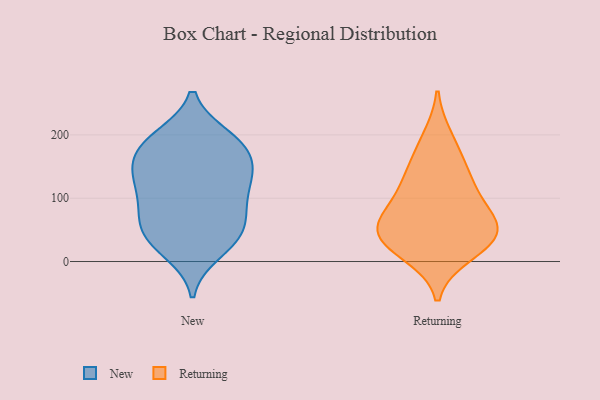
{"axis": {"x": "Operating Costs (USD K)", "y": "Value"}, "legend": ["New", "Returning"], "data": [{"x": "", "y": 182, "type": "New"}, {"x": "", "y": 47, "type": "New"}, {"x": "", "y": 107, "type": "New"}, {"x": "", "y": 192, "type": "New"}, {"x": "", "y": 197, "type": "New"}, {"x": "", "y": 24, "type": "New"}, {"x": "", "y": 171, "type": "New"}, {"x": "", "y": 97, "type": "New"}, {"x": "", "y": 154, "type": "New"}, {"x": "", "y": 148, "type": "New"}, {"x": "", "y": 96, "type": "New"}, {"x": "", "y": 130, "type": "New"}, {"x": "", "y": 67, "type": "New"}, {"x": "", "y": 63, "type": "New"}, {"x": "", "y": 53, "type": "New"}, {"x": "", "y": 145, "type": "New"}, {"x": "", "y": 14, "type": "New"}, {"x": "", "y": 197, "type": "New"}, {"x": "", "y": 35, "type": "New"}, {"x": "", "y": 131, "type": "New"}, {"x": "", "y": 29, "type": "Returning"}, {"x": "", "y": 52, "type": "Returning"}, {"x": "", "y": 130, "type": "Returning"}, {"x": "", "y": 92, "type": "Returning"}, {"x": "", "y": 195, "type": "Returning"}, {"x": "", "y": 117, "type": "Returning"}, {"x": "", "y": 48, "type": "Returning"}, {"x": "", "y": 158, "type": "Returning"}, {"x": "", "y": 62, "type": "Returning"}, {"x": "", "y": 28, "type": "Returning"}, {"x": "", "y": 12, "type": "Returning"}, {"x": "", "y": 61, "type": "Returning"}]}